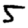
Digit: 5